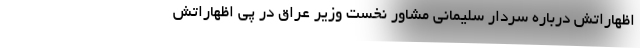
اظهاراتش درباره سردار سلیمانی مشاور نخست وزیر عراق در پی اظهاراتش